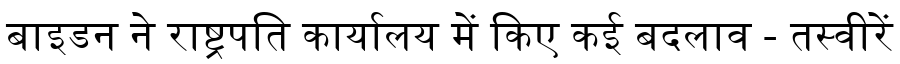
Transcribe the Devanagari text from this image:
बाइडन ने राष्ट्रपति कार्यालय में किए कई बदलाव - तस्वीरें